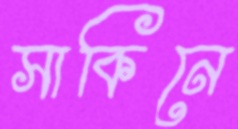
সাকিনে